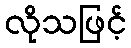
လိုသဖြင့်